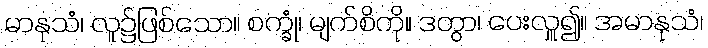
မာနုသံ၊ လူ၌ဖြစ်သော။ စက္ခုံ၊ မျက်စိကို။ ဒတွာ၊ ပေးလှူ၍။ အမာနုသံ၊